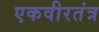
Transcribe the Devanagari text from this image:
एकवीरतंत्र